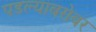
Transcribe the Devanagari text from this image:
पडल्याबरोबर